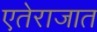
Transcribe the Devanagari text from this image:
एतेराजात